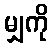
မျှကို